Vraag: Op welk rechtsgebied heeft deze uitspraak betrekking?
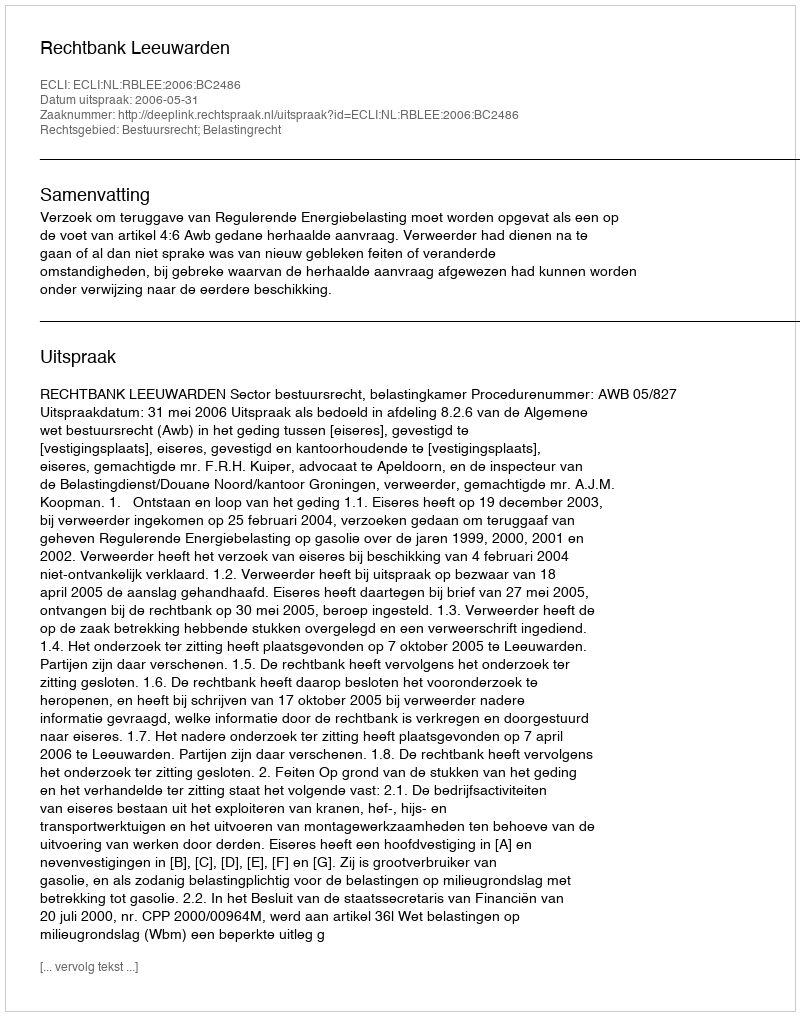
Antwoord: Bestuursrecht; Belastingrecht